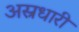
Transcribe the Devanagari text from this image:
अस्रधारी